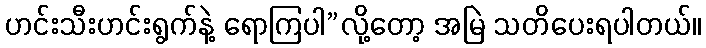
ဟင်းသီးဟင်းရွက်နဲ့ ရောကြပါ”လို့တော့ အမြဲ သတိပေးရပါတယ်။